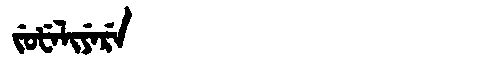
Manchu: ᠵᡠᡶᡝᠯᡳᠶᡝᡵᡝ
Romanization: JUFELIYERE